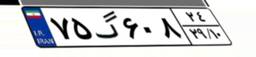
۸۹گ۱۱۲۶۵